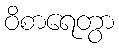
ဝိစာရေတွာ